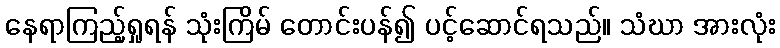
နေရာကြည့်ရှုရန် သုံးကြိမ် တောင်းပန်၍ ပင့်ဆောင်ရသည်။ သံဃာ အားလုံး